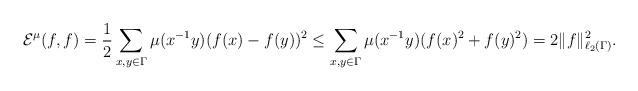
LaTeX: \begin{align*}{\cal E}^{\mu}(f,f)=\frac{1}{2}\sum_{x,y\in\Gamma}\mu(x^{-1}y)(f(x)-f(y))^2\leq\sum_{x,y\in\Gamma}\mu(x^{-1}y)(f(x)^2+f(y)^2)=2\|f\|_{\ell_2(\Gamma)}^2.\end{align*}